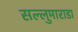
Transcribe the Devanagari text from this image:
सल्लुमाराडा